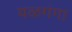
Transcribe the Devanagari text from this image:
यळगंगा